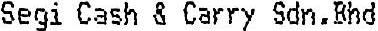
SEGI CASH & CARRY SDN.BHD